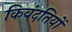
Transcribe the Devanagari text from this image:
किवंदतियों